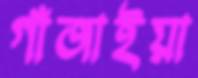
গাঁজাইয়া